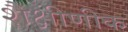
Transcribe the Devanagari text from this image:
शैक्षीणीक